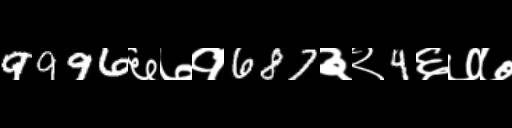
Text: 9996६७१687३२4६७७